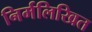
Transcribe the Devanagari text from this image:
निर्मलिखित